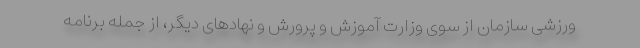
ورزشی سازمان از سوی وزارت آموزش و پرورش و نهادهای دیگر، از جمله برنامه